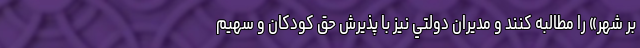
بر شهر» را مطالبه كنند و مديران دولتي نيز با پذيرش حق كودكان و سهيم